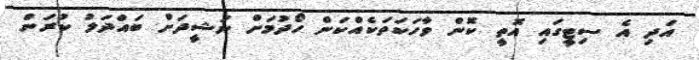
އަދި އެ ސިޓީގައި އޮތީ ކޮން ވާހަކަތަކެއްކަން ހޯދުމަށް ނަޝީދަށް ބައްދަލު ކުރަން